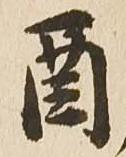
酉